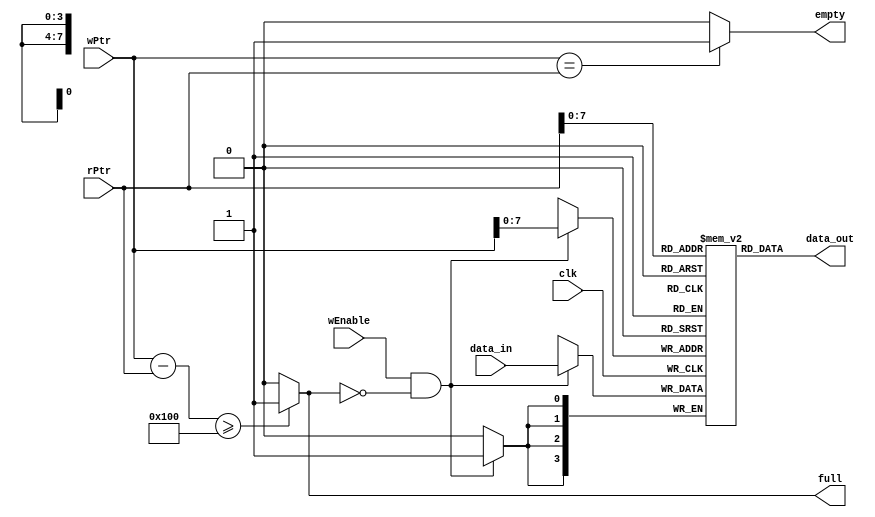

module memory_array(
clk,
//wr, //0 read 1 write
wEnable,
wPtr,
rPtr,
data_in,
data_out,
full,
empty
);

input clk;
//input wr;
input wEnable;
input [8:0] wPtr;
input [8:0] rPtr;
input [3:0] data_in;
output [3:0] data_out;
output full, empty;

reg [3:0] memory [255:0];

assign full = (wPtr - rPtr >= 9'b100000000)? 1'b1 : 1'b0;
assign empty = (wPtr == rPtr)? 1'b1 : 1'b0;
assign data_out = memory[rPtr[7:0]];

always @ (posedge clk) 
begin
  if(wEnable && !full) //if write enable and not full
    memory[wPtr[7:0]] <= data_in;
 // else
  //  memory[wPtr[7:0]] <= memory[wPtr[7:0]];
  
end //end always



endmodule